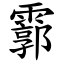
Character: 霩